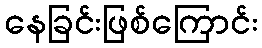
နေခြင်းဖြစ်ကြောင်း